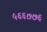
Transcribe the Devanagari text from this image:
५६६७७६